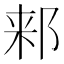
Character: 𬩾